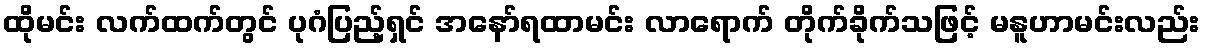
ထိုမင်း လက်ထက်တွင် ပုဂံပြည့်ရှင် အနော်ရထာမင်း လာရောက် တိုက်ခိုက်သဖြင့် မနူဟာမင်းလည်း